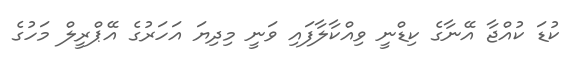
ކުޑަ ކުއްޖާ އޭނާގެ ކިޑްނީ ވިއްކާލާފައި ވަނީ މިދިޔަ އަހަރުގެ އޭޕްރީލް މަހުގެ